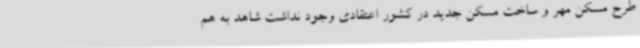
طرح مسکن مهر و ساخت مسکن جدید در کشور اعتقادی وجود نداشت شاهد به هم